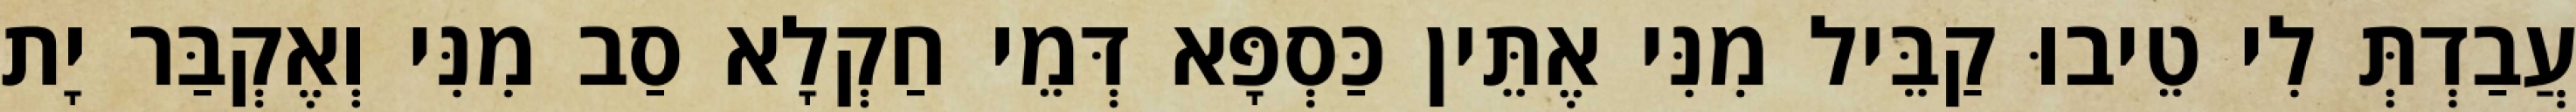
עֲבַדְתְּ לִי טֵיבוּ קַבֵּיל מִנִּי אֶתֵּין כַּסְפָּא דְּמֵי חַקְלָא סַב מִנִּי וְאֶקְבַּר יָת